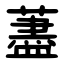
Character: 藎